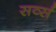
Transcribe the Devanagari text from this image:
सर्व्स